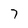
Character: 7